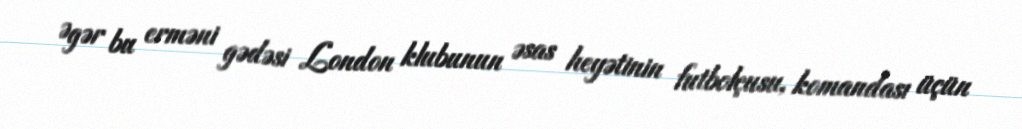
Əgər bu erməni gədəsi London klubunun əsas heyətinin futbolçusu, komandası üçün